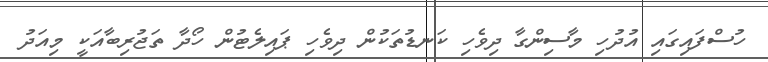
ހުސްފައިގައި އުދުހި މާސިންގާ ދިވެހި ކަނޑުތަކުން ދިވެހި ޕައިލެޓުން ހޯދާ ތަޖުރިބާއަކީ މިއަދު